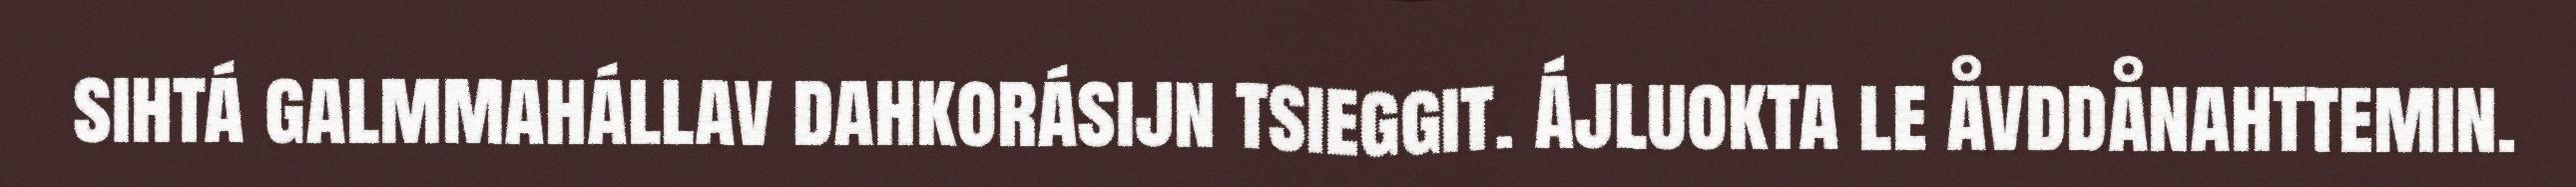
sihtá galmmahállav dahkorásijn tsieggit. Ájluokta le åvddånahttemin.